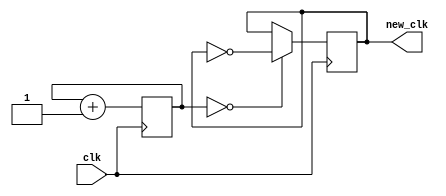
`timescale 1ns / 1ps
//////////////////////////////////////////////////////////////////////////////////
// Company: 
// Engineer: 
// 
// Design Name: 
// Module Name: btn_press_clk_gen
// Project Name: 
// Target Devices: 
// Tool Versions: 
// Description: 
// 
// Dependencies: 
// 
// Revision:
// Revision 0.01 - File Created
// Additional Comments:
// 
//////////////////////////////////////////////////////////////////////////////////
// 23.84Hz

module btn_press_clk_gen(
    input clk,
    output reg new_clk
    );
    
    reg [20:0] counter;
    
    initial begin
        counter = 0;
    end
    
    always @ (posedge clk) begin
        new_clk <= (counter == 0) ? ~new_clk : new_clk;
        counter <= counter + 1;
    end
endmodule